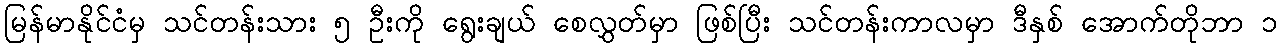
မြန်မာနိုင်ငံမှ သင်တန်းသား ၅ ဦးကို ရွေးချယ် စေလွှတ်မှာ ဖြစ်ပြီး သင်တန်းကာလမှာ ဒီနှစ် အောက်တိုဘာ ၁